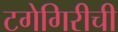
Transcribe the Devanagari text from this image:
टगेगिरीची